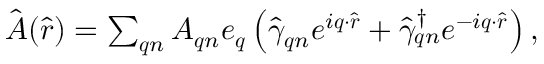
\begin{array} { r } { \hat { \boldsymbol { A } } ( \hat { \boldsymbol { r } } ) = \sum _ { \boldsymbol { q } n } { \cal A } _ { \boldsymbol { q } n } \boldsymbol { e } _ { \boldsymbol { q } } \left( \hat { \gamma } _ { \boldsymbol { q } n } e ^ { i \boldsymbol { q } \cdot \hat { \boldsymbol { r } } } + \hat { \gamma } _ { \boldsymbol { q } n } ^ { \dagger } e ^ { - i \boldsymbol { q } \cdot \hat { \boldsymbol { r } } } \right) , } \end{array}